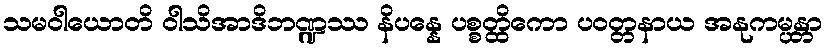
သမဝါယောတိ ဝါသိအာဒိဘဏ္ဍဿ နိပန္နေ ပစ္စတ္ထိကော ပဝတ္တနာယ အနုကမ္ပန္တာ